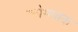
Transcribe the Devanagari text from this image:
क्रोमपाक